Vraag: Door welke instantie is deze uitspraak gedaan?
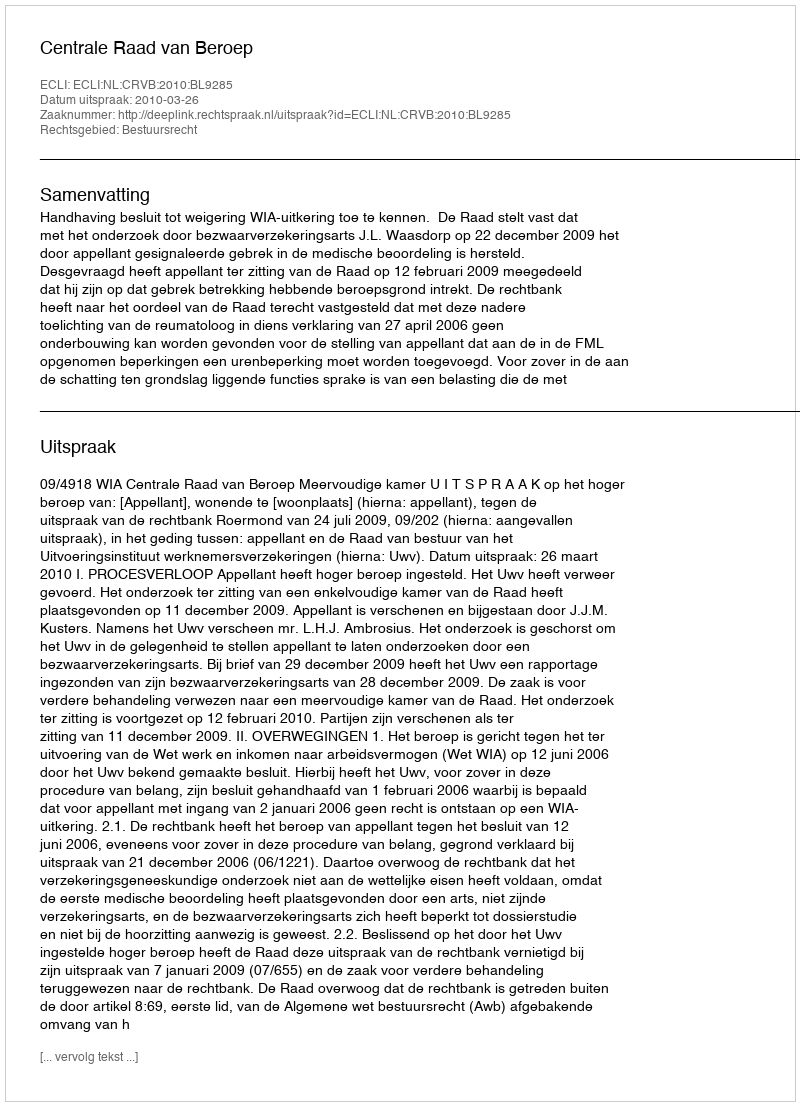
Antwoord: Centrale Raad van Beroep